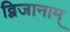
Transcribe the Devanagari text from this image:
द्विजानाम्